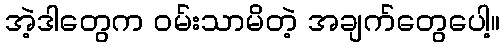
အဲ့ဒါတွေက ဝမ်းသာမိတဲ့ အချက်တွေပေါ့။